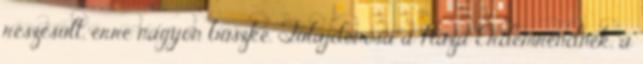
részesült, erre nagyon büszke. Tulajdonosa a Haza Érdemrendnek, a